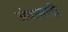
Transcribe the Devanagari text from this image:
अंधासाठी